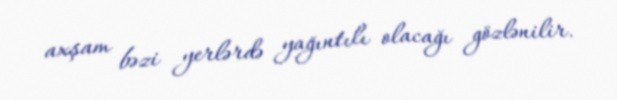
axşam bəzi yerlərdə yağıntılı olacağı gözlənilir.